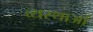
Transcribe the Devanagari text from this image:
व्यस्थाओं